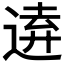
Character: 𮞗